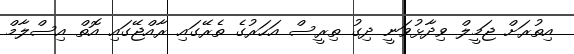
އިތުރަށް ޖަމީލް ވިދާޅުވަނީ ދިގު ތިރީސް އަހަރުގެ ތެރޭގައި ރާއްޖޭގައި އޮތް އިސްލާމް